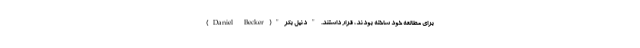
برای مطالعه خود ساخته بودند، قرار داشتند. "دنیل بکر"(Daniel Becker)